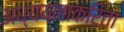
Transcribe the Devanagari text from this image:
अध्ययनाकरिता